Leaving Certificate Examination (including Day School Certificate (Higher) General paper), 1935
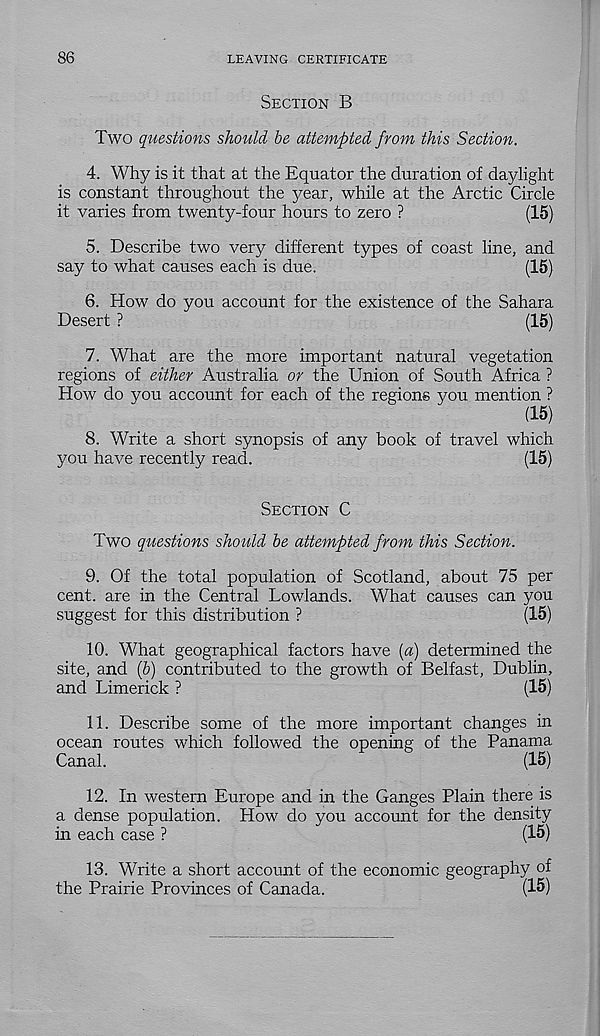
86
LEAVING CERTIFICATE
Section B
Two questions should be attempted from this Section.
4. Why is it that at the Equator the duration of daylight
is constant throughout the jiear, while at the Arctic Circle
it varies from twenty-four hours to zero ?
(15)
5. Describe two very different types of coast line, and
say to what causes each is due.
(15)
6. How do you account for the existence of the Sahara
Desert ?
(15)
7. What are the more important natural vegetation
regions of either Australia or the Union of South Africa ?
How do you account for each of the regions you mention ?
(15)
8. Write a short synopsis of any book of travel which
you have recently read.
(15)
Section C
Two questions should be attempted from this Section.
9. Of the total population of Scotland, about 75 per
cent, are in the Central Lowlands. What causes can you
suggest for this distribution ?
(15)
10. What geographical factors have [a) determined the
site, and (b) contributed to the growth of Belfast, Dublin,
and Limerick ?
(15)
11. Describe some of the more important changes in
ocean routes which followed the opening of the Panama
Canal.
(15)
12. In western Europe and in the Ganges Plain there is
a dense population. How do you account for the density
in each case ?
(15)
13. Write a short account of the economic geography of
the Prairie Provinces of Canada.
(15)